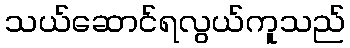
သယ်ဆောင်ရလွယ်ကူသည်